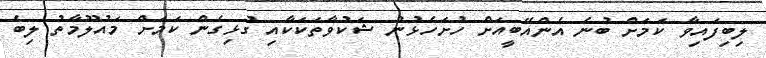
ލިބިފައިވާ ކަމަށް ބުނެ އެންއޭބީއަށް ހުށަހެޅުނު ޝަކުވާތަކަކާއި ގުޅިގެން ކަމަށް މައުލޫމާތު ލިބެ